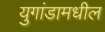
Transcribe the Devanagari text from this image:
युगांडामधील